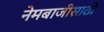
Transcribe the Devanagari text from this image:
नेमबाजीसाठी